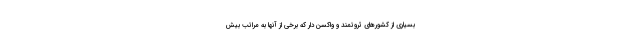
بسیاری از کشورهای ثروتمند و واکسن دار که برخی از آنها به مراتب بیش